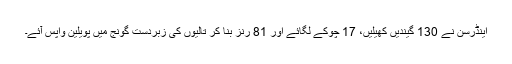
اینڈرسن نے 130 گیندیں کھیلیں، 17 چوکے لگائے اور 81 رنز بنا کر تالیوں کی زبردست گونج میں پویلین واپس آئے۔